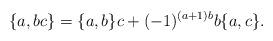
LaTeX: \begin{align*} \{a,bc\} = \{a,b\}c + (-1)^{(a+1)b} b\{a,c\}.\end{align*}